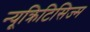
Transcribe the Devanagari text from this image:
न्यूक्रिटिसिज्म